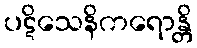
ပဋိသေနိကရောန္တိ